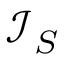
{ \mathcal { I } } _ { S }